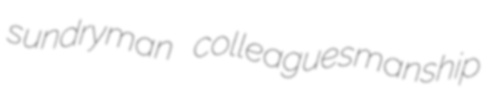
sundryman colleaguesmanship